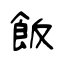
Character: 飯